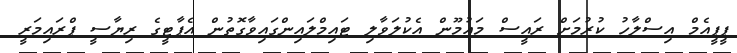
ޕީޕީއެމް އިސްލާހު ކުރުމަށް ރައީސް މައުމޫން އެކުލަވާލި ޓައިމްލައިންގައިވާގޮތުން އެޕާޓީގެ ރިޔާސީ ޕްރައިމަރީ